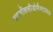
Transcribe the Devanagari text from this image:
स्टर्नोक्लीडोमैस्टायड